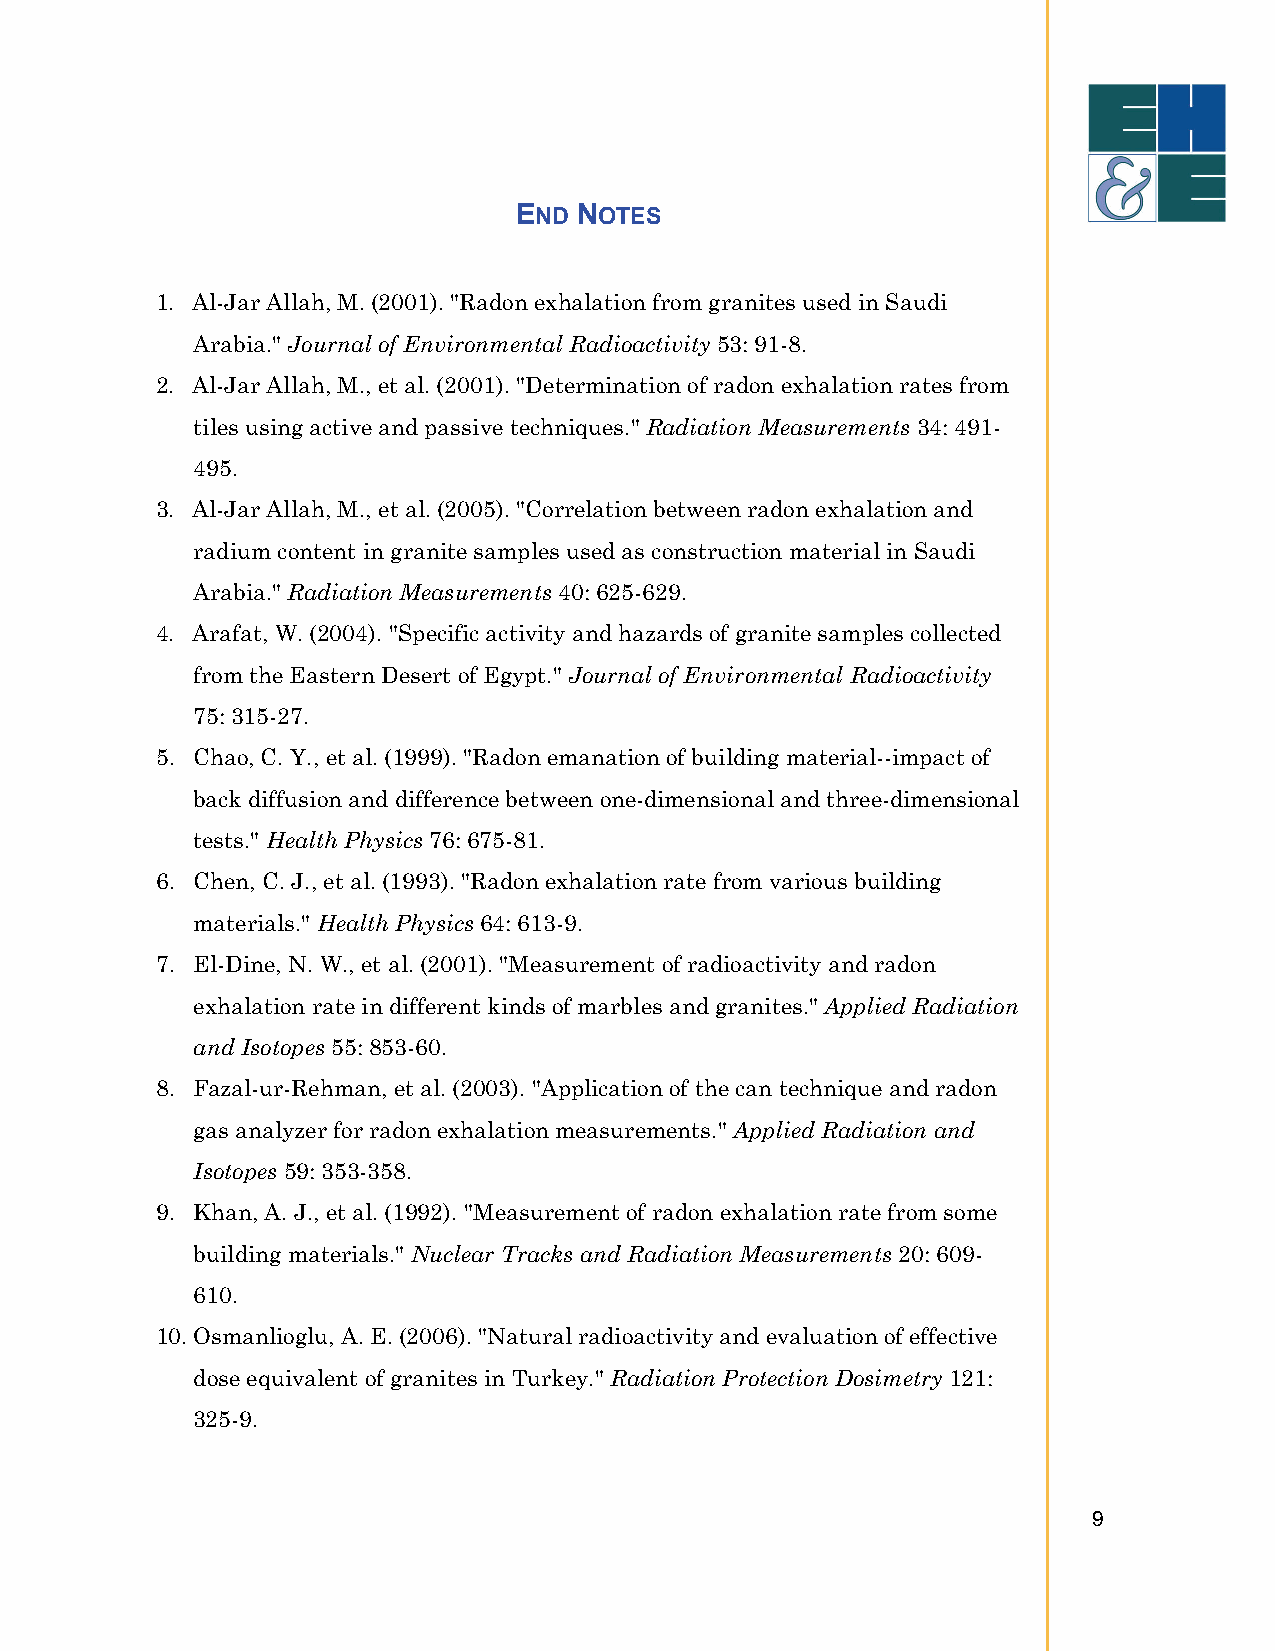
END NOTES
 1. Al-Jar Allah, M. (2001). "Radon exhalation from granites used in Saudi
 Arabia." Journal of Environmental Radioactivity 53: 91-8.
 2. Al-Jar Allah, M., et al. (2001). "Determination of radon exhalation rates from
 tiles using active and passive techniques." Radiation Measurements 34: 491-
 495.
 3. Al-Jar Allah, M., et al. (2005). "Correlation between radon exhalation and
 radium content in granite samples used as construction material in Saudi
 Arabia." Radiation Measurements 40: 625-629.
 4. Arafat, W. (2004). "Specific activity and hazards of granite samples collected
 from the Eastern Desert of Egypt." Journal of Environmental Radioactivity
 75: 315-27.
 5. Chao, C. Y., et al. (1999). "Radon emanation of building material--impact of
 back diffusion and difference between one-dimensional and three-dimensional
 tests." Health Physics 76: 675-81.
 6. Chen, C. J., et al. (1993). "Radon exhalation rate from various building
 materials." Health Physics 64: 613-9.
 7. El-Dine, N. W., et al. (2001). "Measurement of radioactivity and radon
 exhalation rate in different kinds of marbles and granites." Applied Radiation
 and Isotopes 55: 853-60.
 8. Fazal-ur-Rehman, et al. (2003). "Application of the can technique and radon
 gas analyzer for radon exhalation measurements." Applied Radiation and
 Isotopes 59: 353-358.
 9. Khan, A. J., et al. (1992). "Measurement of radon exhalation rate from some
 building materials." Nuclear Tracks and Radiation Measurements 20: 609-
 610.
 10. Osmanlioglu, A. E. (2006). "Natural radioactivity and evaluation of effective
 dose equivalent of granites in Turkey." Radiation Protection Dosimetry 121:
 325-9.
 9